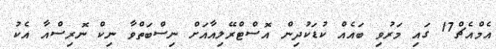
އެމްއެޗް17 ގައި މަރުވި ބައެއް ކުޑަކުދިން އޮސްޓްރޭލިއާއަށް ނިސްބަތްވާ ނިކް ނޮރިސްއާ އެކު